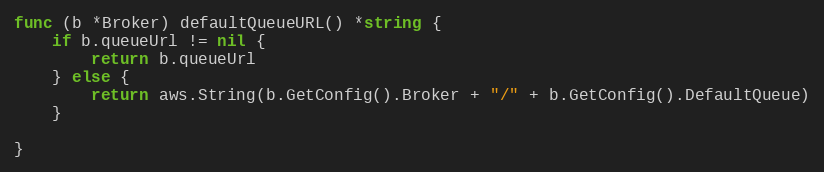
Language: Go
func (b *Broker) defaultQueueURL() *string {
	if b.queueUrl != nil {
		return b.queueUrl
	} else {
		return aws.String(b.GetConfig().Broker + "/" + b.GetConfig().DefaultQueue)
	}

}